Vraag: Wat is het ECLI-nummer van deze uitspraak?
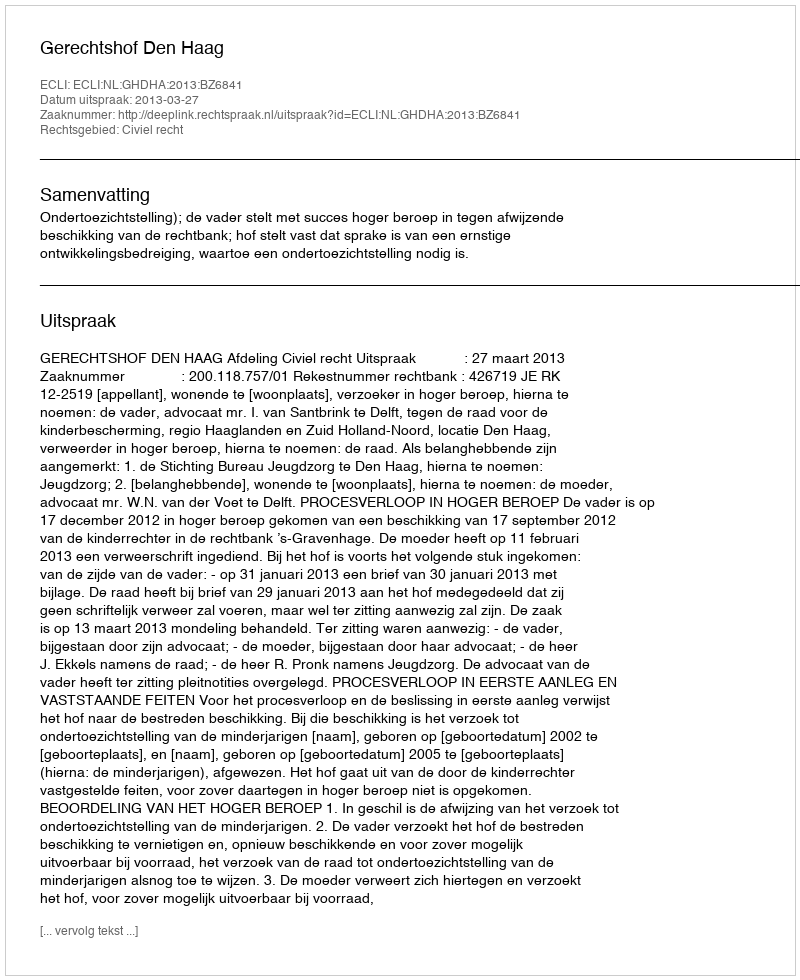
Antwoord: ECLI:NL:GHDHA:2013:BZ6841